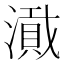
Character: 𪷎